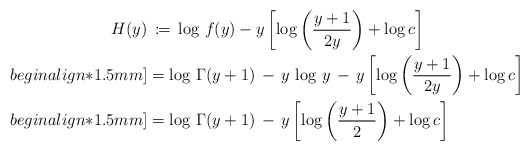
\begin{align*}H(y) &\,\coloneqq\, \log\, f(y) - y \left[\log\left(\frac{y+1}{2y}\right) +\log c\right] \\begin{align*}1.5mm] & = \log\, \Gamma(y+1) \,-\, y \,\log\, y \,-\, y \left[\log\left(\frac{y+1}{2y}\right) +\log c\right] \\begin{align*}1.5mm] & = \log\, \Gamma(y+1) \,-\, y \left[\log\left(\frac{y+1}{2}\right) +\log c\right]\end{align*}